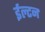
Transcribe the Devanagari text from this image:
ईल्टन